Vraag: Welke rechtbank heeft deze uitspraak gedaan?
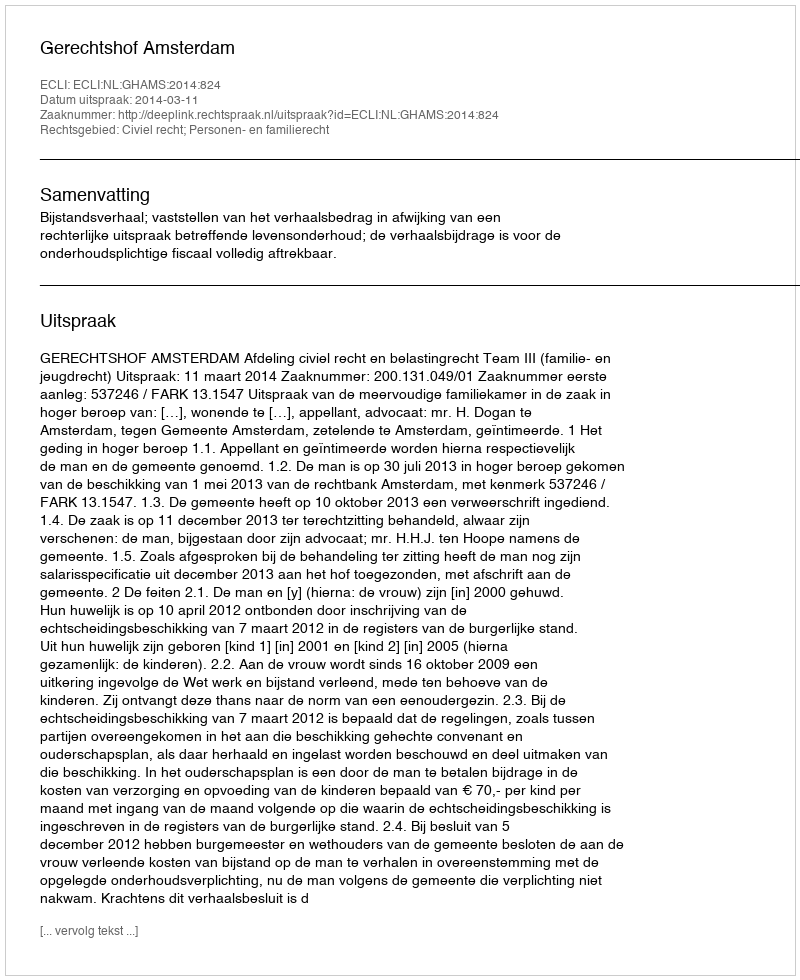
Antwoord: Gerechtshof Amsterdam